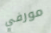
مورفي